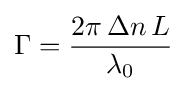
\Gamma ={\frac {2\pi \,\Delta n\,L}{\lambda _{0}}}